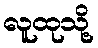
လူထုသို့